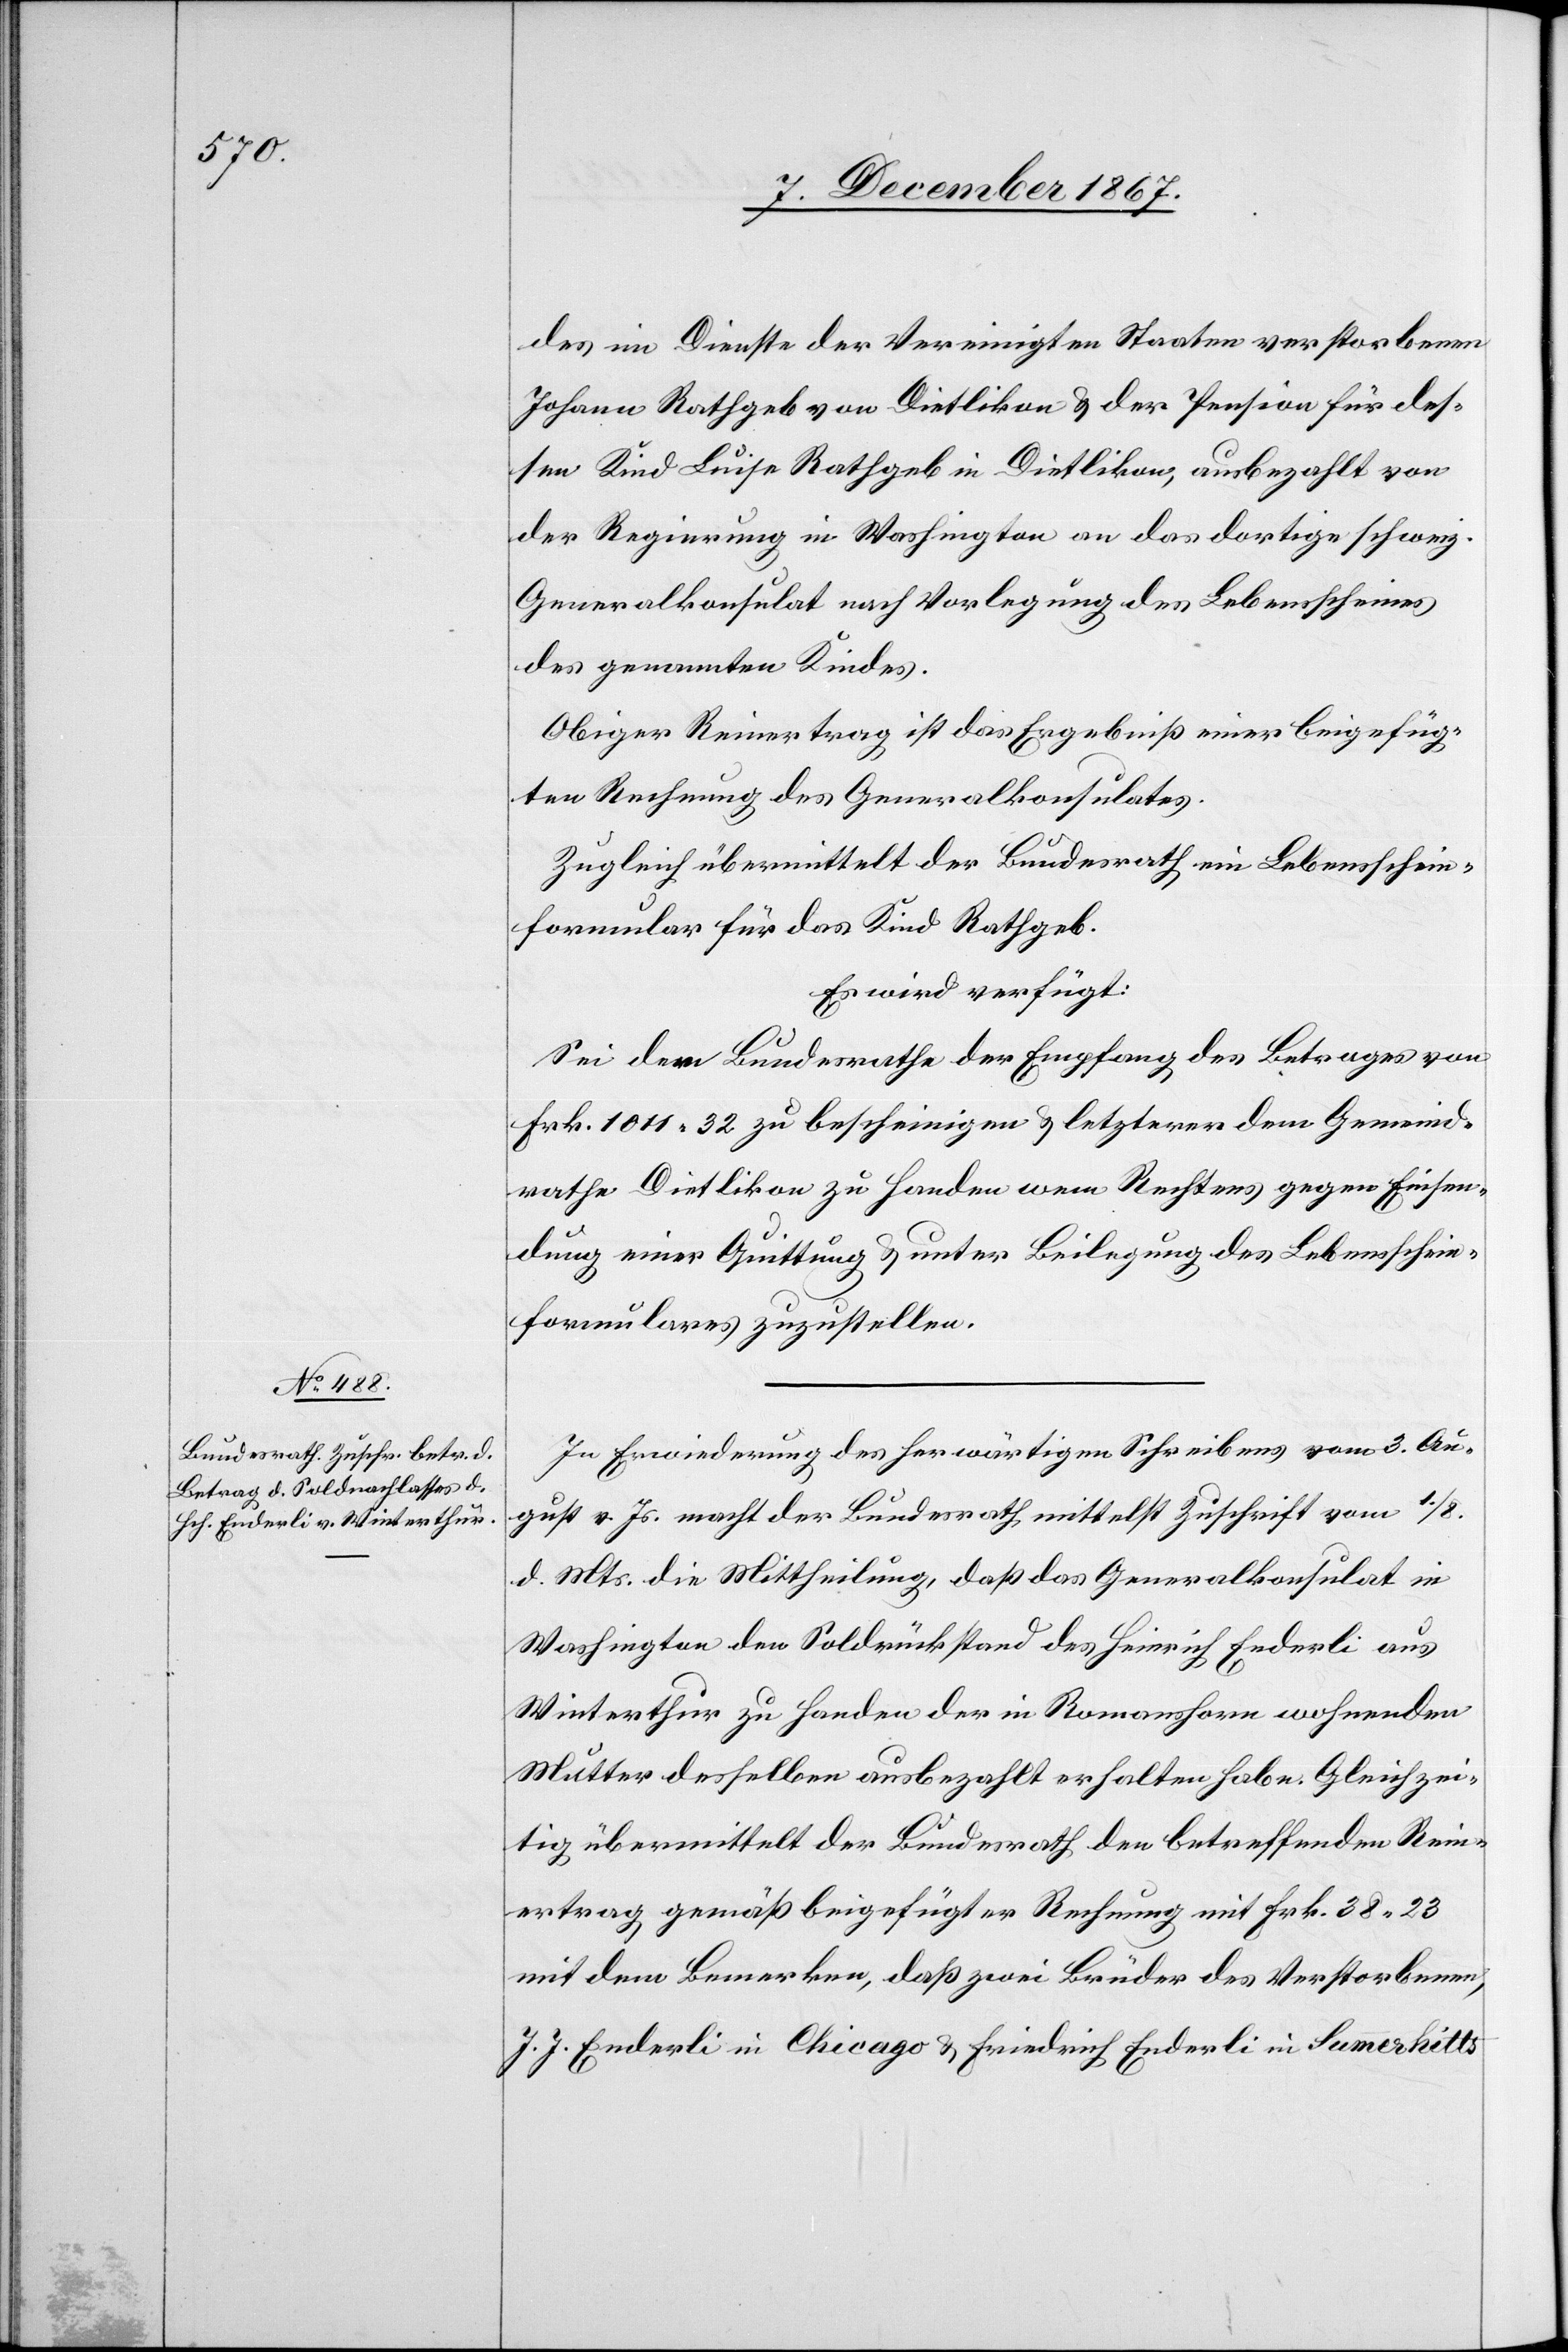
9. December 1867.]
des im Dienste der Vereinigten Staaten verstorbenen
Johann Rathgeb von Dietlikon u. der Pension für des¬
sen Kind Louise Rathgeb in Dietlikon, ausbezahlt von
der Regierung in Washington an das dortige schweiz.
Generalkonsulat nach Vorlegung des Lebensscheines
des genannten Kindes.
Obiger Reinertrag ist das Ergebniß einer beigefüg¬
ten Rechnung des Generalkonsulates.
Zugleich übermittelt der Bundesrath ein Lebensschein¬
formular für das Kind Rathgeb.
Es wird verfügt:
Sei dem Bundesrathe der Empfang des Betrages von
Frk. 1011.32 zu bescheinigen u. letzterer dem Gemeind¬
rathe Dietlikon zu Handen dem Rechtens gegen Einsen¬
dung einer Quittung u. unter Beilegung des Lebensschein¬
formulares zuzustellen.
In Erwiederung des herwärtigen Schreibens vom 3. Au¬
gust v. Js. macht der Bundesrath mittelst Zuschrift vom 1./8.
d. Mts. die Mittheilung, daß das Generalkonsulat in
Washington den Soldrückstand des Heinrich Enderli aus
Winterthur zu Handen der in Romanshorn wohnenden
Mutter desselben ausbezahlt erhalten habe. Gleichzei¬
tig übermittelt der Bundesrath den betreffenden Rein¬
ertrag gemäß beigefügter Rechnung mit Frk. 38.23
mit dem Bemerken, daß zwei Brüder des Verstorbenen
J. J. Enderli in Chicago u. Friedrich Enderli in Summerkitts